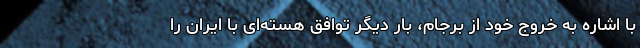
با اشاره به خروج خود از برجام، بار دیگر توافق هسته‌ای با ایران را